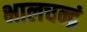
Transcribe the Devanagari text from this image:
भालचन्द्रं